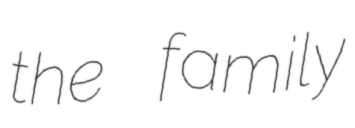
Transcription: the family